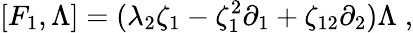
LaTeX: [F_{1},\Lambda]=(\lambda_{2}\zeta_{1}-\zeta_{1}^{2}\partial_{1}+\zeta_{12}\partial_{2})\Lambda\; ,